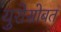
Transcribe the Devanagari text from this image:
युरोसोबत